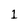
Character: 1